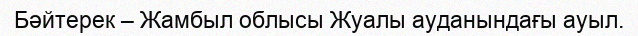
Бәйтерек – Жамбыл облысы Жуалы ауданындағы ауыл.